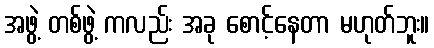
အဖွဲ့ တစ်ဖွဲ့ ကလည်း အခု စောင့်နေတာ မဟုတ်ဘူး။